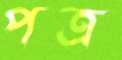
পত্র